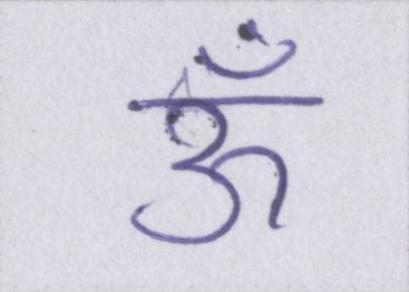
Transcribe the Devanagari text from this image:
ऊँ